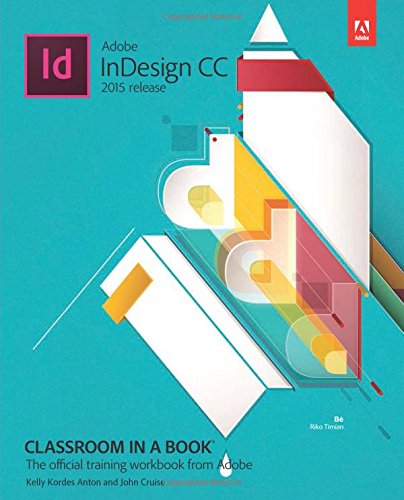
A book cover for Adobe InDesign CC Classroom in a Book (2015 release); Kelly Kordes Anton; Computers & Technology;